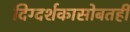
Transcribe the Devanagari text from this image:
दिग्दर्शकासोबतही